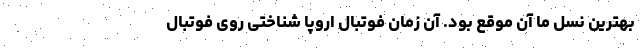
بهترین نسل ما آن موقع بود. آن زمان فوتبال اروپا شناختی روی فوتبال